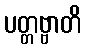
ပတ္တဗ္ဗာတိ